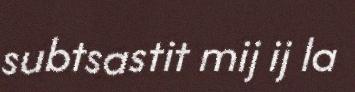
subtsastit mij ij la